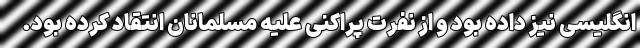
انگلیسی نیز داده بود و از نفرت پراکنی علیه مسلمانان انتقاد کرده بود.